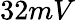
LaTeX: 32mV